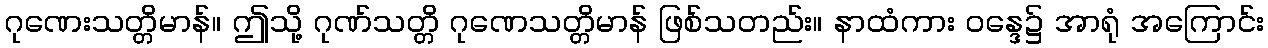
ဂုဏေးသတ္တိမာန်။ ဤသို့ ဂုဏ်သတ္တိ ဂုဏေသတ္တိမာန် ဖြစ်သတည်း။ နာထံကား ဝန္ဒေ၌ အာရုံ အကြောင်း